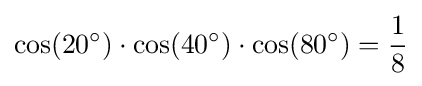
\cos(20^{\circ })\cdot \cos(40^{\circ })\cdot \cos(80^{\circ })={\frac {1}{8}}